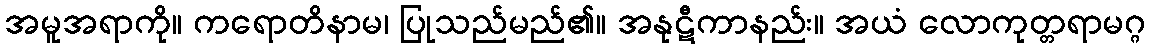
အမူအရာကို။ ကရောတိနာမ၊ ပြုသည်မည်၏။ အနုဋီကာနည်း။ အယံ လောကုတ္တရာမဂ္ဂ